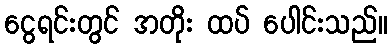
ငွေရင်းတွင် အတိုး ထပ် ပေါင်းသည်။